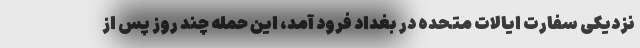
نزدیکی سفارت ایالات متحده در بغداد فرود آمد، این حمله چند روز پس از